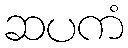
ဆပကံ